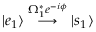
| e _ { 1 } \rangle \stackrel { \Omega _ { 1 } ^ { * } e ^ { - i \phi } } { \longrightarrow } | s _ { 1 } \rangle